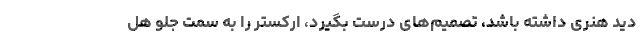
دید هنری داشته باشد، تصمیم‌های درست بگیرد، ارکستر را به سمت جلو هُل